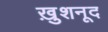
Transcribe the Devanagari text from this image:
ख़ुशनूद